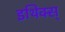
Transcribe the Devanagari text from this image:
इथिक्स्